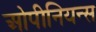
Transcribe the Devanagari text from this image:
ओपीनियन्स